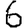
Digit: 6